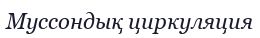
Муссондық циркуляция